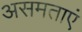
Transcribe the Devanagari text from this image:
असमताएं